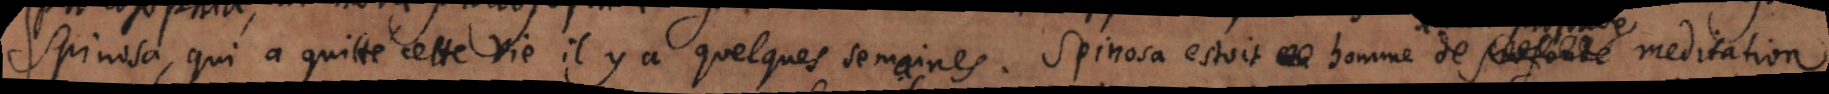
Spinosa, qui a quitte cette vie il y a quelques semaines. Spinosa estoit homme de profonde meditation